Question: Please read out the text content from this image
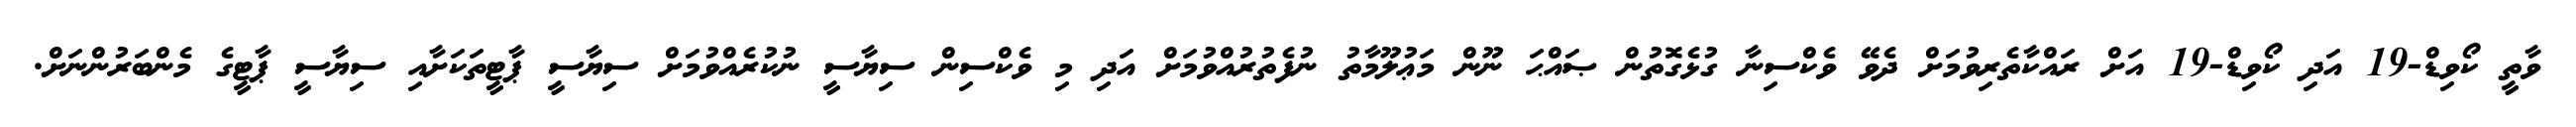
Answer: ވާތީ ކޯވިޑް-19 އަދި ކޯވިޑް-19 އަށް ރައްކާތެރިވުމަށް ދެވޭ ވެކްސިނާ ގުޅެގޮތުން ޞައްޙަ ނޫން މަޢުލޫމާތު ނުފެތުރުއްވުމަށް އަދި މި ވެކްސިން ސިޔާސީ ނުކުރެއްވުމަށް ސިޔާސީ ޕާޓީތަކަށާއި ސިޔާސީ ޕާޓީގެ މެންބަރުންނަށް.